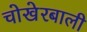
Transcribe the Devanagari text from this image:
चोखेरबाली